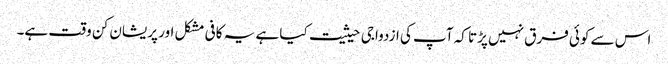
اس سے کوئی فرق نہیں پڑتا کہ آپ کی ازدواجی حیثیت کیا ہے یہ کافی مشکل اور پریشان کن وقت ہے۔